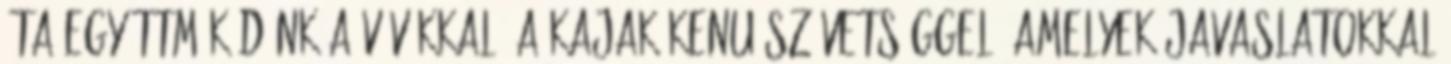
óta együttműködünk a vívókkal, a kajak-kenu szövetséggel, amelyek javaslatokkal